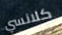
كلانسي